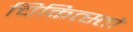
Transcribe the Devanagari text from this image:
चिकित्स्तो